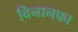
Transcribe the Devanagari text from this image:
विनानफा